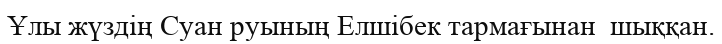
Ұлы жүздің Суан руының Елшібек тармағынан  шыққан.